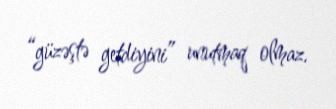
“güzəştə getdiyini” unutmaq olmaz.